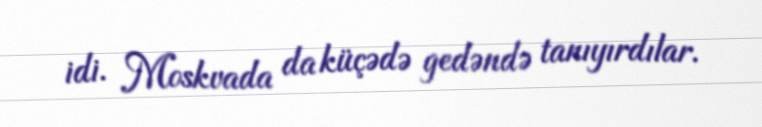
idi. Moskvada da küçədə gedəndə tanıyırdılar.